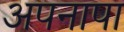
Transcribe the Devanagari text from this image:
अपनापा